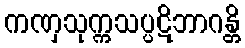
ကဏှသုက္ကသပ္ပဋိဘာဂန္တိ